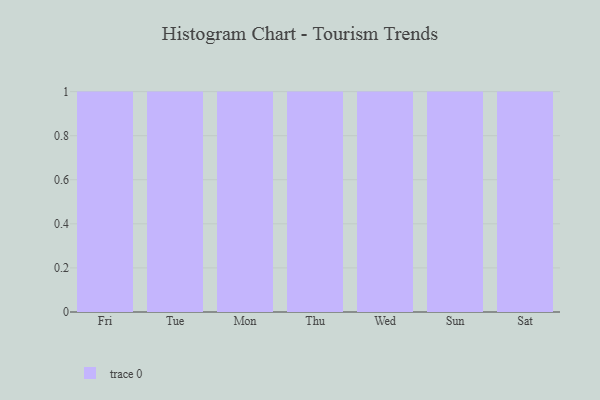
{"axis": {"x": "Day", "y": "Bounce Rate (%)"}, "legend": [""], "data": [{"x": "Fri", "y": 39, "type": ""}, {"x": "Tue", "y": 54, "type": ""}, {"x": "Mon", "y": 87, "type": ""}, {"x": "Thu", "y": 4, "type": ""}, {"x": "Wed", "y": 71, "type": ""}, {"x": "Sun", "y": 73, "type": ""}, {"x": "Sat", "y": 38, "type": ""}]}